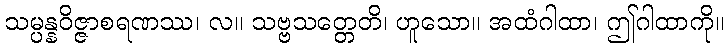
သမ္ပန္နဝိဇ္ဇာစရဏဿ၊ လ။ သဗ္ဗသတ္တေတိ၊ ဟူသော။ အထံဂါထာ၊ ဤဂါထာကို။